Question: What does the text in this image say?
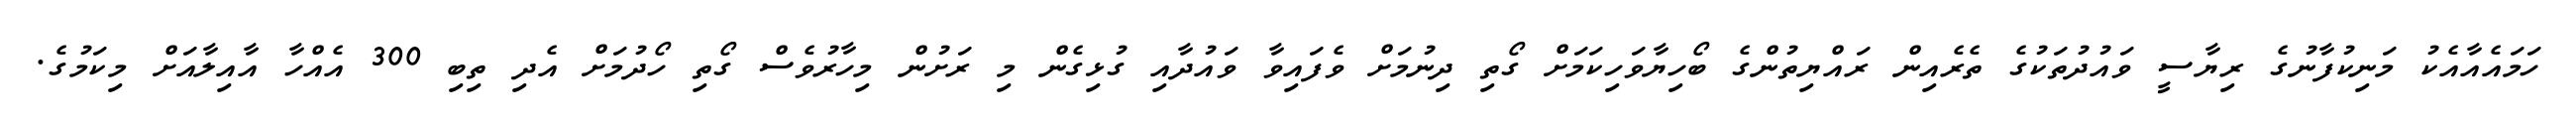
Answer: ހަމައެއާއެކު މަނިކުފާނުގެ ރިޔާސީ ވައުދުތަކުގެ ތެރެއިން ރައްޔިތުންގެ ބޯހިޔާވަހިކަމަށް ގޯތި ދިނުމަށް ވެފައިވާ ވައުދާއި ގުޅިގެން މި ރަށުން މިހާރުވެސް ގޯތި ހޯދުމަށް އެދި ތިބި 300 އެއްހާ އާއިލާއަށް މިކަމުގެ.